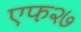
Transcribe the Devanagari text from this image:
एफ२७